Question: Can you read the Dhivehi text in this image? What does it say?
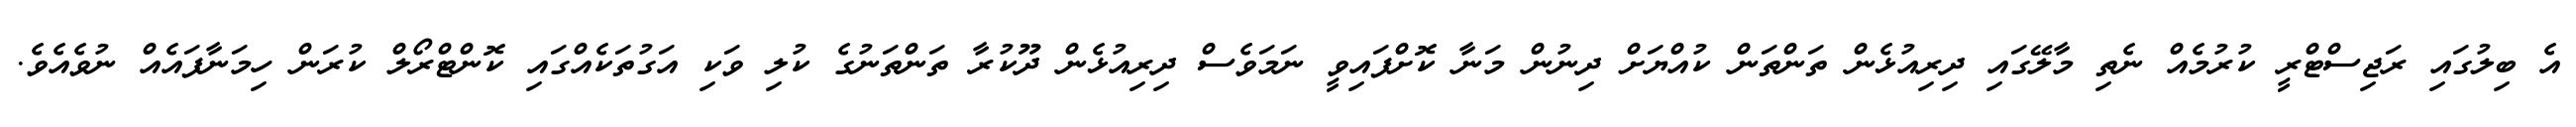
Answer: އެ ބިލުގައި ރަޖިސްޓްރީ ކުރުމެއް ނެތި މާލޭގައި ދިރިއުޅެން ތަންތަން ކުއްޔަށް ދިނުން މަނާ ކޮށްފައިވީ ނަމަވެސް ދިރިއުޅެން ދޫކުރާ ތަންތަނުގެ ކުލި ވަކި އަގުތަކެއްގައި ކޮންޓްރޯލް ކުރަން ހިމަނާފައެއް ނުވެއެވެ.